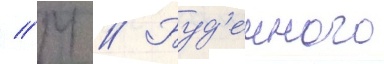
// М // Буд'енного